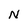
Character: N